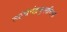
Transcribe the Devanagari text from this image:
त्यांचेचंद्रकुलचिन्ह